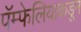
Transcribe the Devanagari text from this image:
पॅम्फेलियाकडून